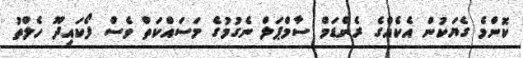
ކޮންމެ ގެޔަކުން އެކެއްގެ ރެންޑަމް ސާމްޕަލް ނެގުމުގެ މަސައްކަތް ވެސް ފޯކައިދޫ ހެލްތު